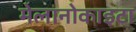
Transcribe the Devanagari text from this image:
मेलानोकाइटा